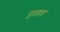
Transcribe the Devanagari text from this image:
नुज़हत